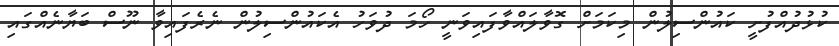
ކުޅުދުއްފުށީ ކައުންސިލުން މިކަމަށް ގޮވާލައްވާފައިވަނީ ހޯމަ ދުވަހު އެކައުންސިލުން ނެރެފައިވާ ނޫސް ބަޔާނެއްގައި